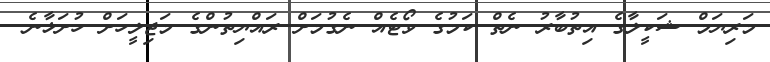
މަރިޔަމް ޝަކީލާގެ އިތުބާރު ނެތް ކަމުގެ ވޯޓެއް ނެގުމަށް ރައްޔިތުންގެ މަޖިލީހަށް ހުށަޅާނެ..